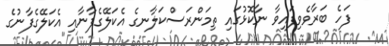
ފަހެ ބަރާވެވިފައިވާ ނާކޮޅުގައި ތިމަންރަސްކަލާނގެ އެކަލޭގެފާނާއި އެކަލޭގެފާނުގެ